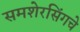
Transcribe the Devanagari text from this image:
समशेरसिंगचे